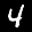
Label: 4